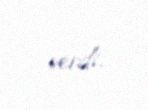
verdi.